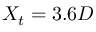
X _ { t } = 3 . 6 D